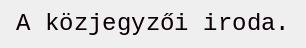
A közjegyzői iroda.